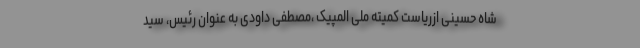
شاه حسینی ازریاست کمیته ملی المپیک ،مصطفی داودی به عنوان رئیس، سید